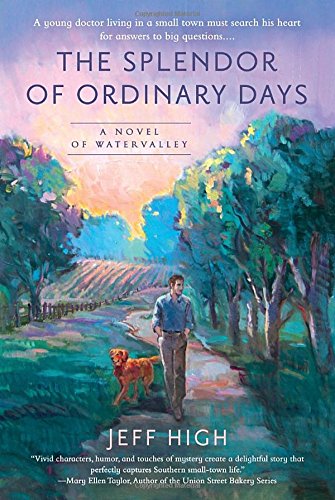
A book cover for The Splendor of Ordinary Days: A Novel of Watervalley; Jeff High; Mystery, Thriller & Suspense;